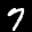
Label: 7